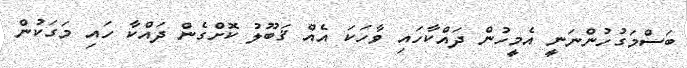
ބަސްމަގުހުންނަނީ އެމީހުން ދައްކާހައި ވާހަކަ އެއް ޤަބޫލު ކޮށްގެން ދައްކާ ހައި މަގަކުން